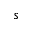
s